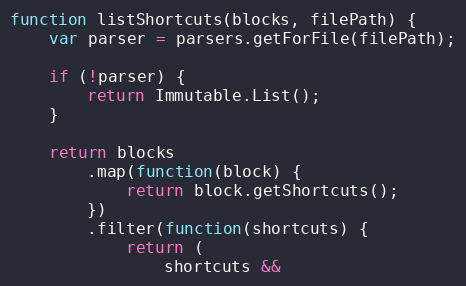
Language: JavaScript
function listShortcuts(blocks, filePath) {
    var parser = parsers.getForFile(filePath);

    if (!parser) {
        return Immutable.List();
    }

    return blocks
        .map(function(block) {
            return block.getShortcuts();
        })
        .filter(function(shortcuts) {
            return (
                shortcuts &&